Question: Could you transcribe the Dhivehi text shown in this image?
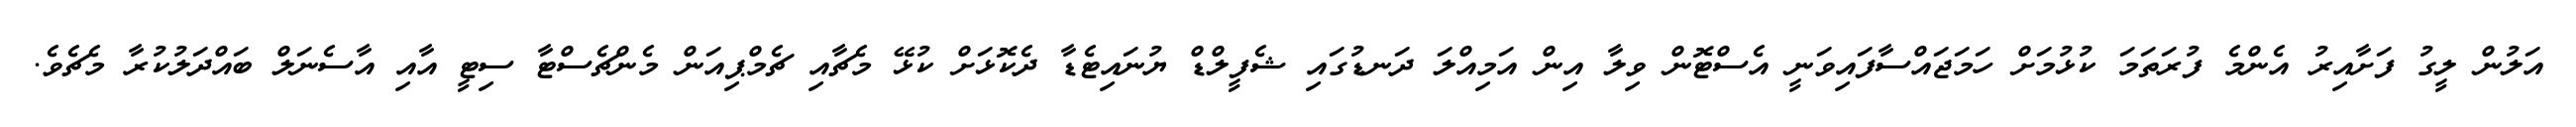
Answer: އަލުން ލީގު ފަށާއިރު އެންމެ ފުރަތަމަ ކުޅުމަށް ހަމަޖައްސާފައިވަނީ އެސްޓޮން ވިލާ އިން އަމިއްލަ ދަނޑުގައި ޝެފީލްޑް ޔުނައިޓެޑާ ދެކޮޅަށް ކުޅޭ މެޗާއި ޗެމްޕިއަން މެންޗެސްޓާ ސިޓީ އާއި އާސެނަލް ބައްދަލުކުރާ މެޗެވެ.